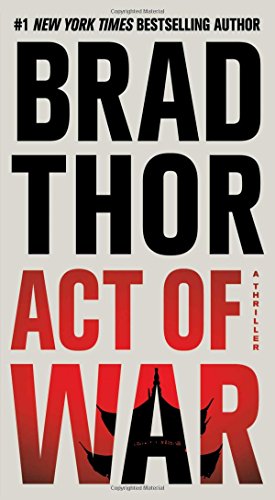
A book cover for Act of War: A Thriller (The Scot Harvath Series); Brad Thor; Mystery, Thriller & Suspense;